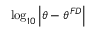
\log _ { 1 0 } \left| \theta - \theta ^ { F D } \right|